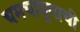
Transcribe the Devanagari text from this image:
चमचायुगाची